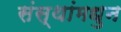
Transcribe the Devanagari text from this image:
संस्थांमधुन